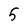
Character: 5